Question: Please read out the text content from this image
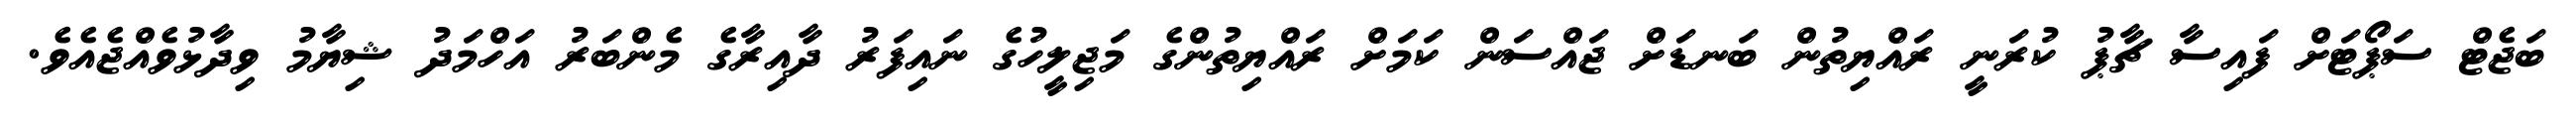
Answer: ބަޖެޓް ސަޕޯޓަށް ފައިސާ ޗާޕު ކުރަނީ ރައްޔިތުން ބަނޑަށް ޖައްސަން ކަމަށް ރައްޔިތުންގެ މަޖިލީހުގެ ނައިފަރު ދާއިރާގެ މެންބަރު އަހްމަދު ޝިޔާމު ވިދާޅުވެއްޖެއެވެ.